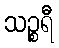
သဉ္စရီ